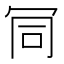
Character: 𠖄